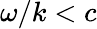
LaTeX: \omega/k<c